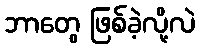
ဘာတွေ ဖြစ်ခဲ့လို့လဲ